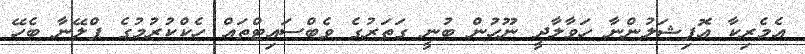
އެމެރިކާ އޮފިޝަލުންނާ ހަވާލާދީ ނޫހުން ބުނީ ގަތަރުގެ ވެބްސައިޓްތައް ހެކްކުރުމުގެ ޕްލޭނާ ބެހޭ